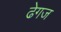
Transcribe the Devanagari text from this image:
ढेगज